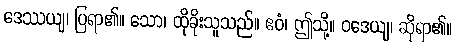
ဒေဿယျ၊ ပြရာ၏။ သော၊ ထိုခိုးသူသည်။ ဧဝံ၊ ဤသို့။ ဝဒေယျ၊ ဆိုရာ၏။